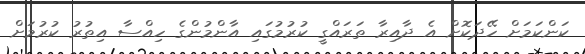
ކަންކަމަށް ހޭދަކޮށް އެ ދާއިރާ ތަރައްގީ ކުރުމުގައި އާންމުންގެ ހިއްސާ އިތުރު ކުރުމަށް